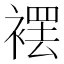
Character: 䙓